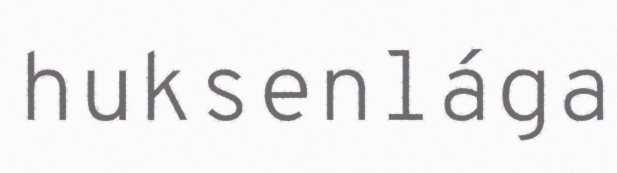
huksenlága